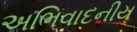
અભિવાદનીય